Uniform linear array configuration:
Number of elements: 64
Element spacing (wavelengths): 1
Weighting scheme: hamming
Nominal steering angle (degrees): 60
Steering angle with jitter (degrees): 60.704
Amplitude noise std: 0.05
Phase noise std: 0.05

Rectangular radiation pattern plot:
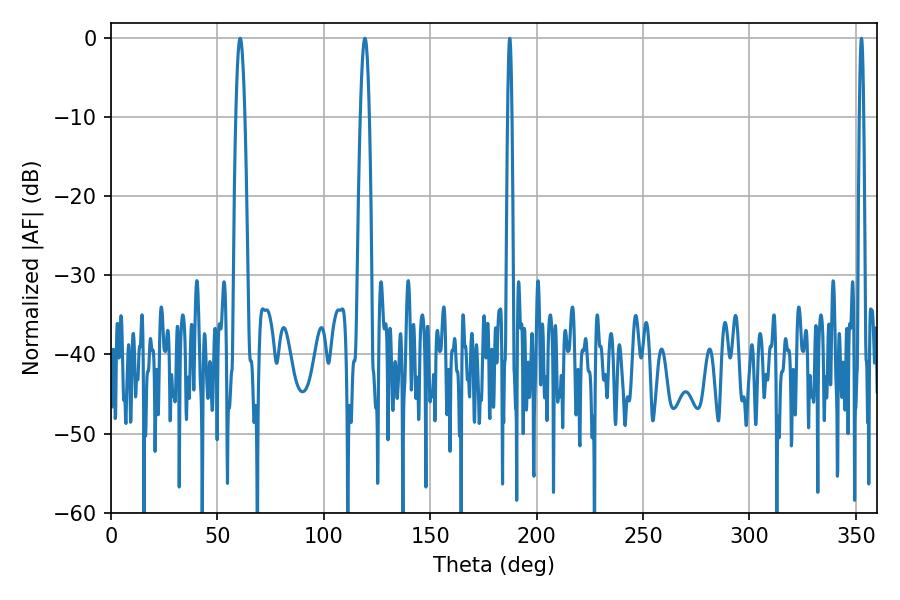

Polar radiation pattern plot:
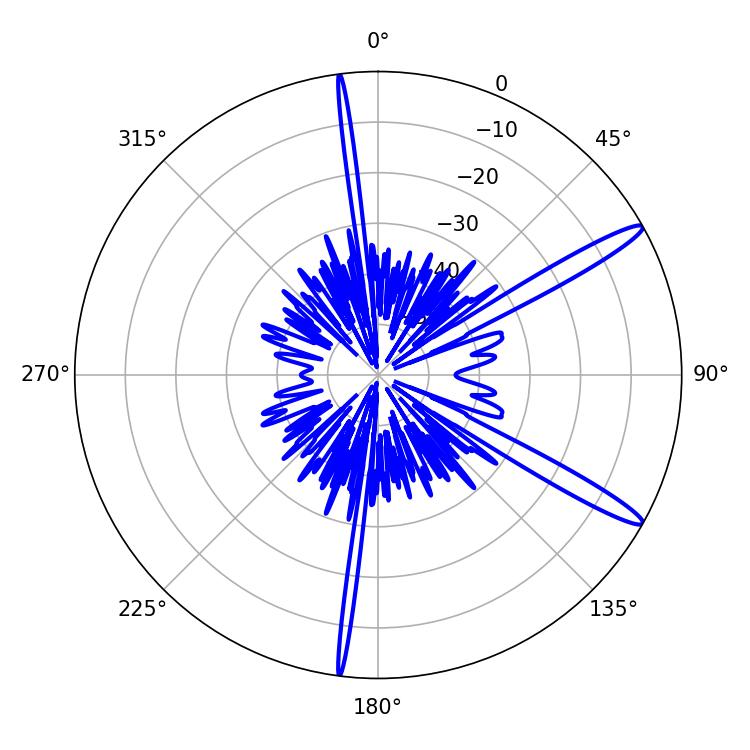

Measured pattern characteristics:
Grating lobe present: TRUE
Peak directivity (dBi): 14.415
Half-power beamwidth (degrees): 2.34
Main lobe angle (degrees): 60.66